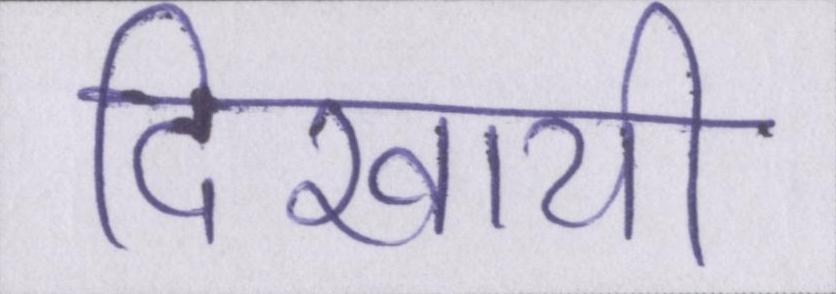
दिखायी